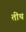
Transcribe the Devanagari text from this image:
तींच